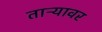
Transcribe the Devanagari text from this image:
ताऱ्यावर